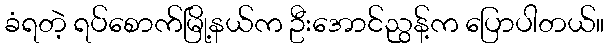
ခံရတဲ့ ရပ်စောက်မြို့နယ်က ဦးအောင်ညွန့်က ပြောပါတယ်။